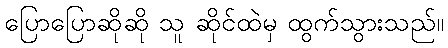
ပြောပြောဆိုဆို သူ ဆိုင်ထဲမှ ထွက်သွားသည်။